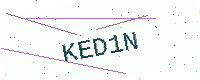
Text: KED1N